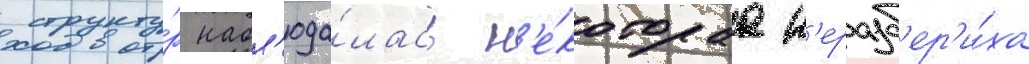
структу́р набл'юда́лась н'е́котораа н'еразб'ер'и́ха